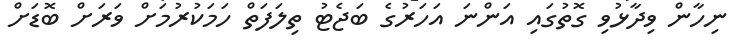
ނިހާން ވިދާޅުވި ގޮތުގައި އަންނަ އަހަރުގެ ބަޖެޓު ތިލަފަތް ހަމަކުރުމަށް ވަރަށް ބޮޑަށް